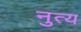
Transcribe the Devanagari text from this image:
नुत्य